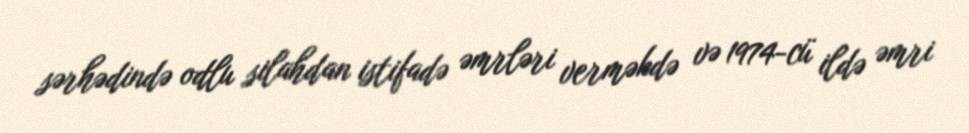
sərhədində odlu silahdan istifadə əmrləri verməkdə və 1974-cü ildə əmri